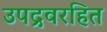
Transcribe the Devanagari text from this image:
उपद्रवरहित